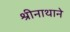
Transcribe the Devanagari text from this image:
श्रीनाथाने